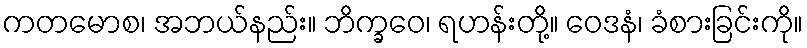
ကတမောစ၊ အဘယ်နည်း။ ဘိက္ခဝေ၊ ရဟန်းတို့။ ဝေဒနံ၊ ခံစားခြင်းကို။